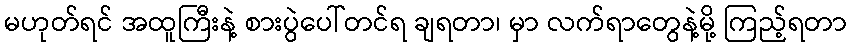
မဟုတ်ရင် အထူကြီးနဲ့ စားပွဲပေါ်တင်ရ ချရတာ၊ မှာ လက်ရာတွေနဲ့မို့ ကြည့်ရတာ